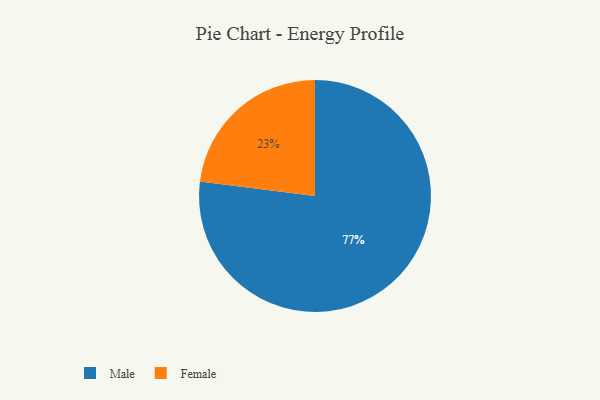
{"axis": {"x": "Category", "y": "Percentage"}, "legend": ["Female", "Male"], "data": [{"x": "Male", "y": 77, "type": "Male"}, {"x": "Female", "y": 23, "type": "Female"}]}